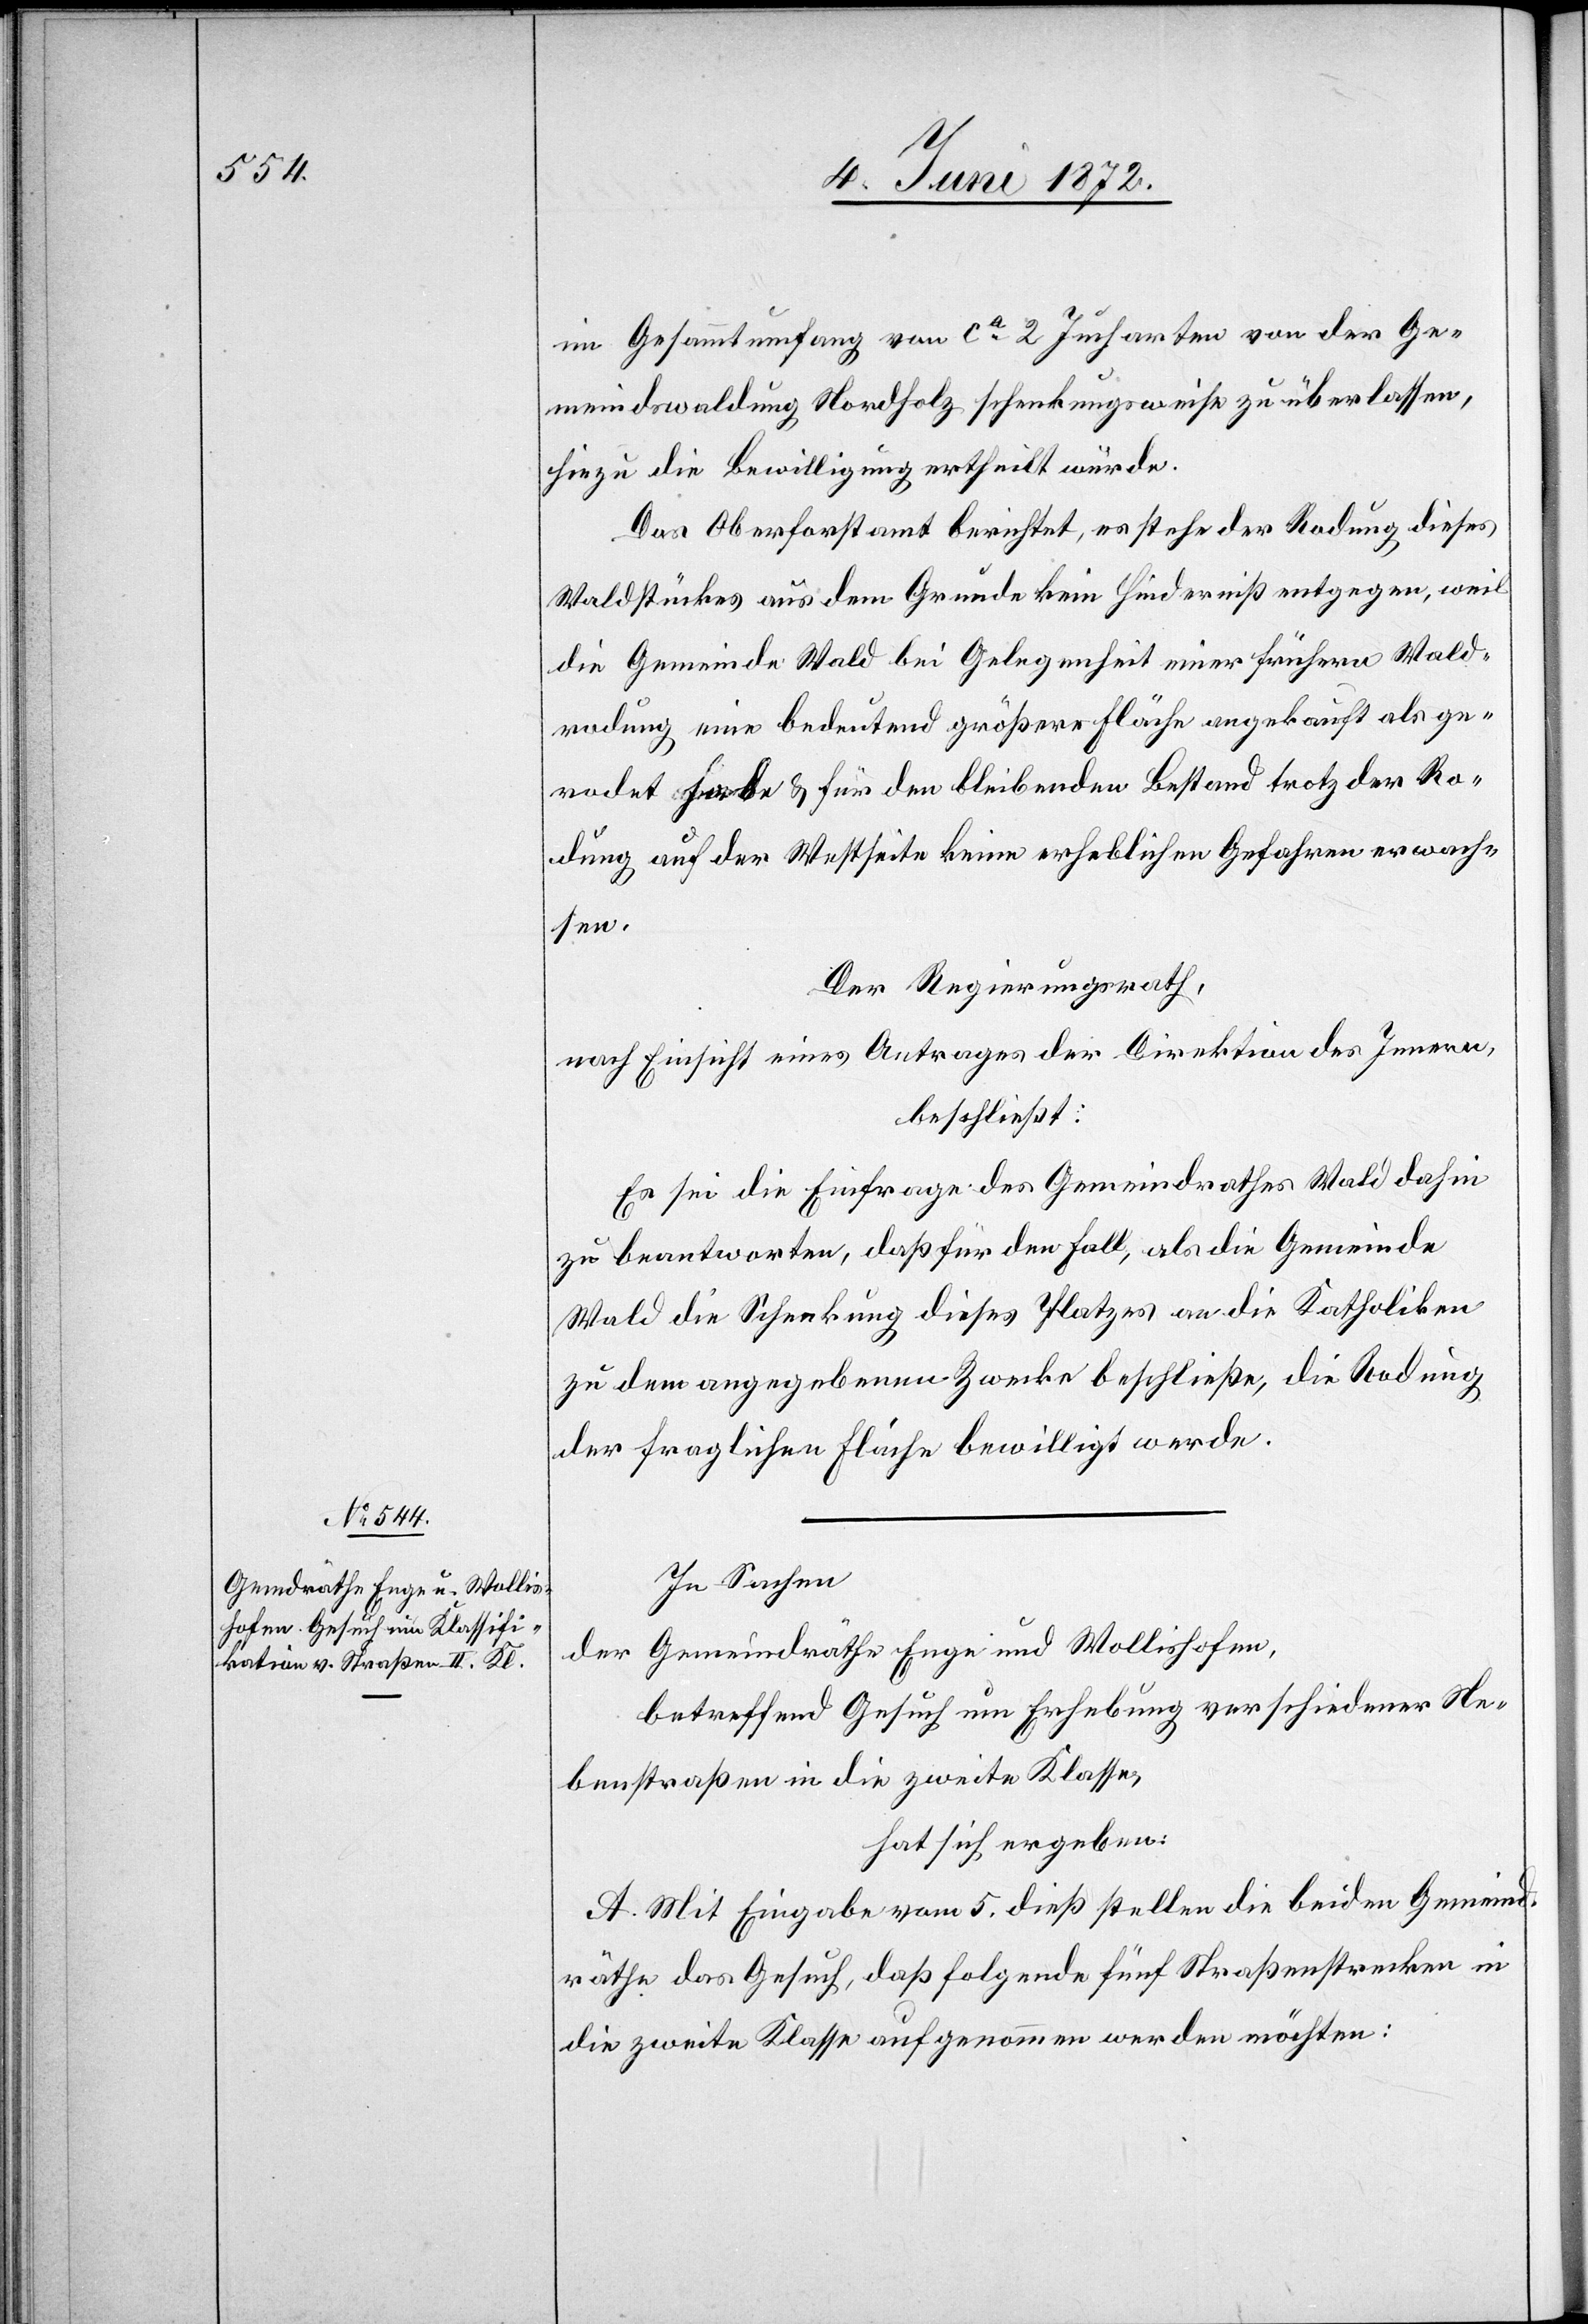
im Gesammtumfang von ca 2 Jucharten von der Ge¬
meindswaldung Nordholz schenkungsweise zu überlassen,
hiezu die Bewilligung ertheilt würde.
Das Oberforstamt berichtet, es stehe der Rodung dieses
Waldstückes aus dem Grunde kein Hinderniß entgegen, weil
die Gemeinde Wald bei Gelegenheit einer frühern Wald¬
rodung eine bedeutend größere Fläche angekauft als ge¬
rodet habe u. für den bleibenden Bestand trotz der Ro¬
dung auf der Westseite keine erheblichen Gefahren erwach¬
sen.
Der Regierungsrath,
nach Einsicht eines Antrages der Direktion des Innern,
beschließt:
Es sei die Einfrage des Gemeindrathes Wald dahin
zu beantworten, daß für den Fall, als die Gemeinde
Wald die Schenkung dieses Platzes an die Katholiken
zu dem angegebenen Zwecke beschließe, die Rodung
der fraglichen Fläche bewilligt werde.